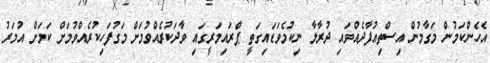
އެހެންކަމުން މަގާމުން އިސްތިއުފާދެއްވައި ދުރާލާ ނިކުމެވަޑައިގަތީ ޕްރައިމަރީގައި ވާދަކުރެއްވުމަށް މަގުފަހިކުރެއްވުމަށް ކަމަށް އުމަރު